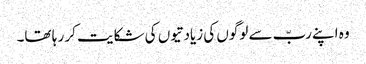
وہ اپنے ربّ سے لوگوں کی زیادتیوں کی شکایت کر ر ہا تھا۔